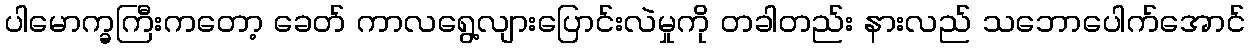
ပါမောက္ခကြီးကတော့ ခေတ် ကာလရွေ့လျားပြောင်းလဲမှုကို တခါတည်း နားလည် သဘောပေါက်အောင်